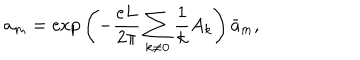
a _ { m } = \mathrm { e x p } \left( - \frac { e L } { 2 \pi } \sum _ { k \neq 0 } \frac { 1 } { k } A _ { k } \right) { \bar { a } } _ { m } ,